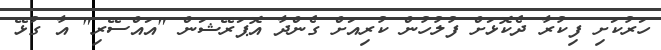
ހަރުކަށި ފިކުރާ ދެކޮޅަށް ފުލުހުން ކުރިއަށް ގެންދާ އޮޕަރޭޝަން "އައްސޭރި" އާ ގުޅޭ